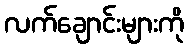
လက်ချောင်းများကို